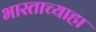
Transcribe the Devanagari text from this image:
भारताच्याहा